Lunatic asylums in Bengal annual reports 1912-1924 - 1912-1924
Year: 1912
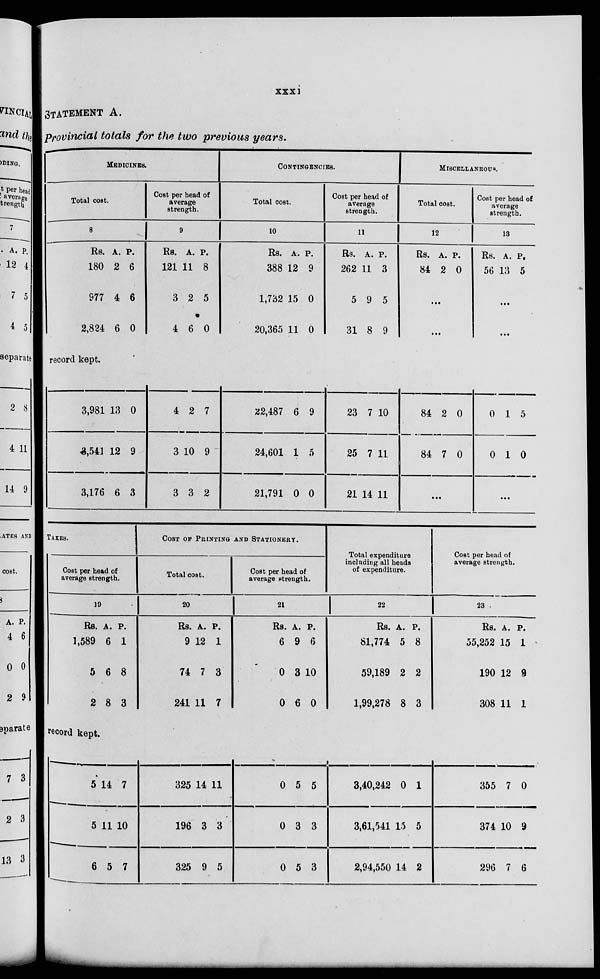
xxxi
STATEMENT A.
provincial totals for the two previous years.
MEDICINES.
Total cost.
8
Rs.
180
977
2,824
A.
2
4
6
P.
6
6
0
Cost per head of
average
strength.
9
Rs.
121
3
4
A.
11
2
6
P.
8
5
0
record kept.
3,981
3,541
3,176
13
12
6
0
9
3
4
3
3
2
10
3
7
9
2
CONTINGENCIES.
Total cost.
10
Rs.
388 1
1,732
20,365
A.
12
15
11
P.
9
0
0
22,487
24,601
21,791
6
1
0
9
5
0
Cost per head of
average
strength.
11
Rs.
262
5
31
A.
11
9
8
P.
3
5
9
23
25
21
7
7
14
10
11
11
MISCELLANEOUS.
Total cost.
12
Rs.
84
A.
2
P.
0
...
...
84
84
2
7
0
0
...
Cost per head of
average
strength.
13
Rs.
56
A.
13
P.
5
...
...
0
0
1
1
5
0
...
TAXES.
Cost per head of
average strength.
19
Rs.
1,589
5
2
A.
6
6
8
P.
1
8
3
COST OF PRINTING AND STATIONERY.
Total cost.
20
Rs.
9
74
241
A.
12
7
11
P.
1
3
7
record kept.
5
5
6
14
11
5
7
10
7
325
196
325
14
3
9
11
3
5
Cost per head of
average strength.
21
Rs.
6
0
0
A.
9
3
6
P.
6
10
0
0
0
0
5
3
5
5
3
3
Total expenditure
including all heads
of expenditure.
22
Rs.
81,774
59,189
1,99,278
A.
5
2
8
P.
8
2
3
3,40,242
3,61,541
2,94,550
0
15
14
1
5
2
Cost per head of
average strength.
23
Rs.
55,252
190
308
A.
15
12
11
P.
1
9
1
355
374
296
7
10
7
0
9
6